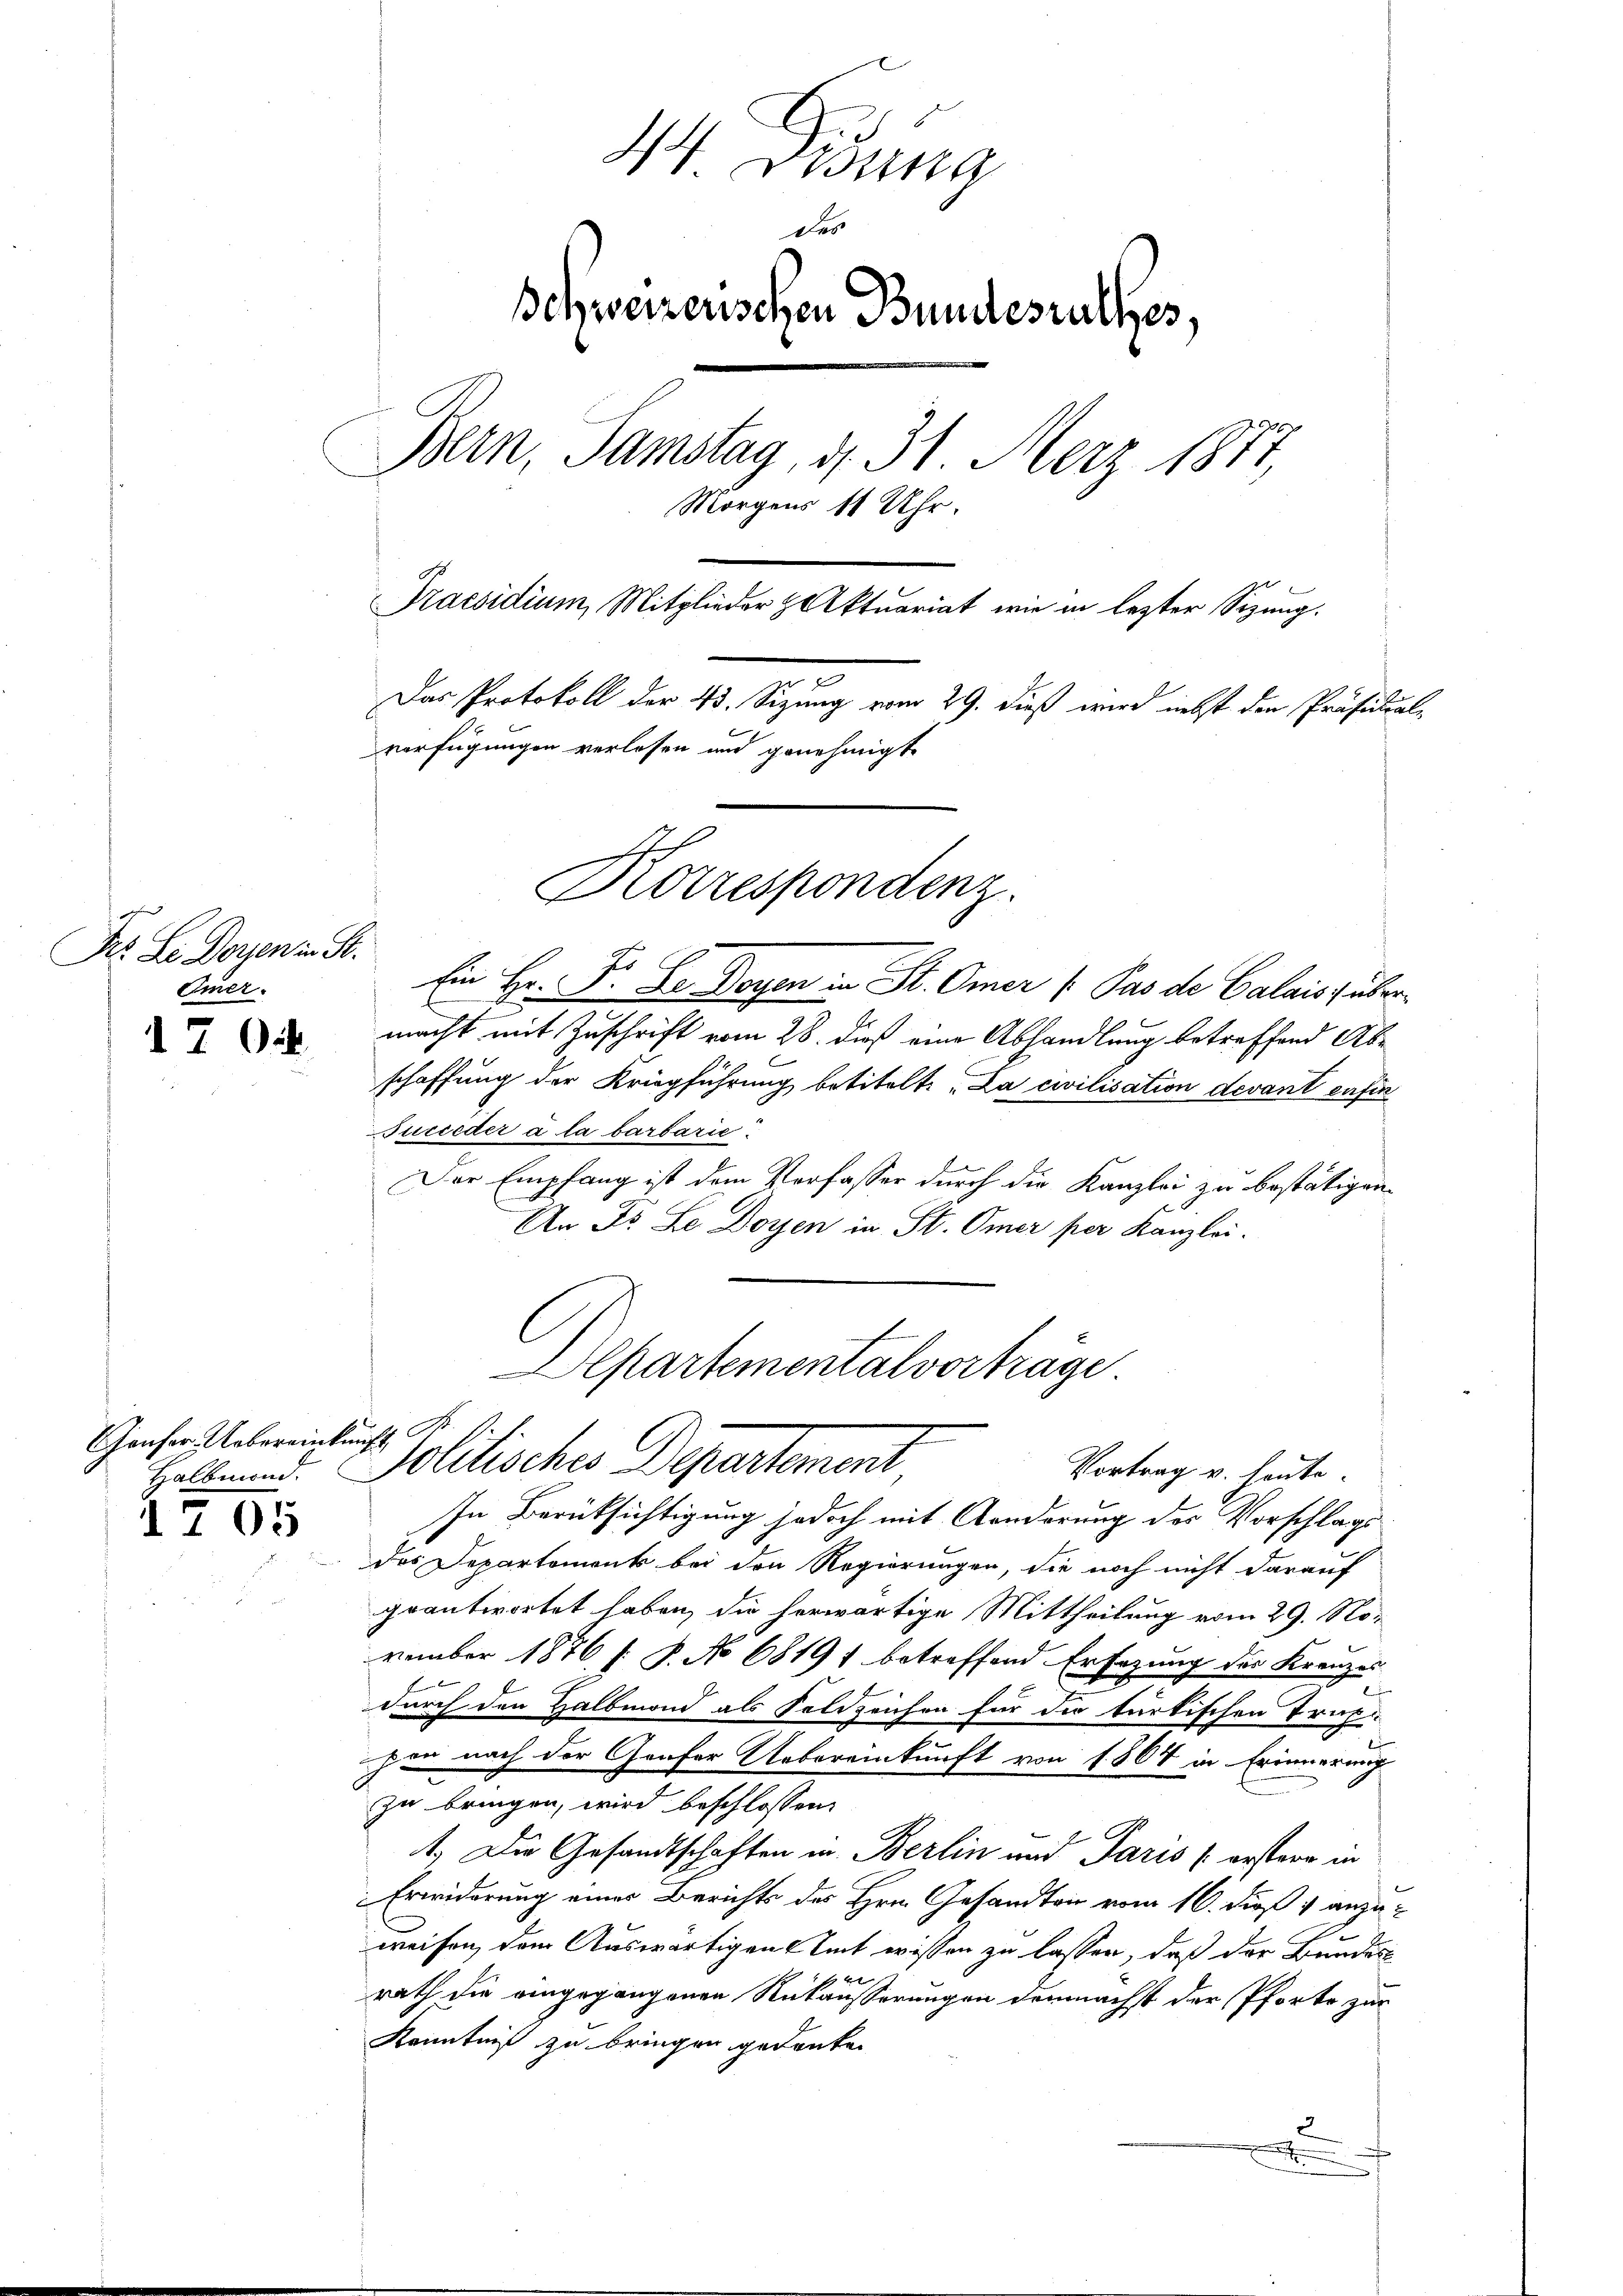
Dr. Le Dorfen in St.
Eier.

1702.

Chauser Uebereinkunft S

1705

44 Didung
Der
Schweizerischen Bundesrathes,
Bern, Samstag, d. 31. Merz 1877
Morgens 11 Uhr.
Praesidium Mitglieder Aktuariat wie in lezter Sizung.
Das Protokoll der 43. Sizung vom 29. dieß wird nebst den Präsidialverfügungen verlesen und genehmigt.

Korrespondenz.

Ein Hr. F. Se. Doyen in St. Omer (Pas de Calais über
schaffung der Kriegführung betitelt: „La civilisation devant enfin
Succeder a la barbarie
Der Empfang ist dem Verfasser durch die Kanzlei zu bestätigen.
An Dr. Le Doyen in St. Omer per Kanzlei.

Apartementalvorträge.
Halt und Politisches Departement
Vortrag v. heute.

macht mit Zuschrift vom 28. dieß eine Abhandlung betreffend Ab¬

In Berüksichtigung jedoch mit Anderung des Vorschlagsdes Departements bei den Regierungen, die noch nicht darauf
geantwortet haben, die herwärtige Mittheilung vom 29. November 1876 f. P. No 6819 betreffend Ersezung des Kreuzes
durch den Halbmond als Foldzeichen für die türkischen Trup
hin nach der Genfer Uebereinkunft von 1864 in Erinnerung
zu bringen, wird beschlossen:
x
1.) Die Gesandtschaften in Berlin und Paris (erstern in
Erwiderung einer Berichts des Hrn. Gesandton vom 16. dieß v anzuweisen, dem Auswärtigen Amt wissen zu lassen, daß der Bundes
rath die eingegangenen Rutäusserungen demnächst der Pforte zur
Kenntniß zu bringen gedanken
3
x